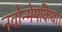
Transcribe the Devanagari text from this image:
नवोन्मेषकिया।